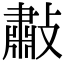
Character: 㪩